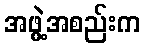
အဖွဲ့အစည်းက